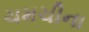
ચમચીના